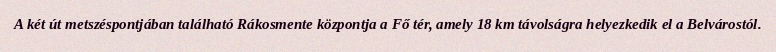
A két út metszéspontjában található Rákosmente központja a Fő tér, amely 18 km távolságra helyezkedik el a Belvárostól.